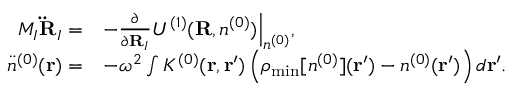
\begin{array} { r l } { M _ { I } { \bf \ddot { R } } _ { I } = } & { - \frac { \partial } { \partial { \bf R } _ { I } } { \cal U } ^ { ( 1 ) } ( { \bf R } , n ^ { ( 0 ) } ) \Big \vert _ { n ^ { ( 0 ) } } , } \\ { { \ddot { n } } ^ { ( 0 ) } ( { \bf r } ) = } & { - \omega ^ { 2 } \int K ^ { ( 0 ) } ( { \bf r , r ^ { \prime } } ) \left( \rho _ { \mathrm { m i n } } [ n ^ { ( 0 ) } ] ( { \bf r ^ { \prime } } ) - n ^ { ( 0 ) } ( { \bf r ^ { \prime } } ) \right) d { \bf r ^ { \prime } } . } \end{array}